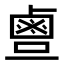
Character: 𪉙